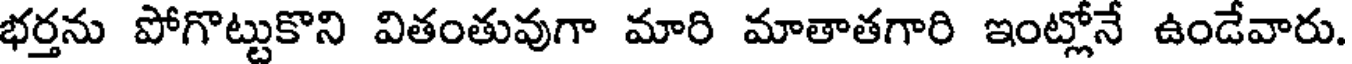
భర్తను పోగొట్టుకొని వితంతువుగా మారి మాతాతగారి ఇంట్లోనే ఉండేవారు.